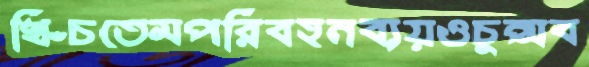
খিঁচতেমপরিবহনব্যয়ওচুপ্‌সব